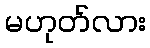
မဟုတ်လား